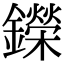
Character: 鑅